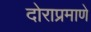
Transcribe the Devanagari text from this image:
दोराप्रमाणे